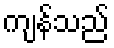
ကျန်သည်